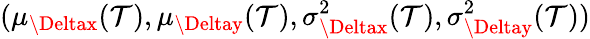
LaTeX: (\mu_{\Deltax}(\mathcal{T}),\mu_{\Deltay}(\mathcal{T}),\sigma_{\Deltax}^{2}(\mathcal{T}),\sigma_{\Deltay}^{2}(\mathcal{T}))